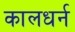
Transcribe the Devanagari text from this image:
कालधर्न